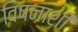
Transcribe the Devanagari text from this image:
विषनाशी